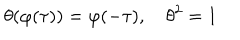
\theta ( \varphi ( \tau ) ) = \varphi ( - \tau ) , \quad \theta ^ { 2 } = 1